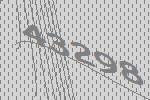
43298